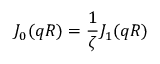
J _ { 0 } ( q R ) = \frac { 1 } { \zeta } J _ { 1 } ( q R )